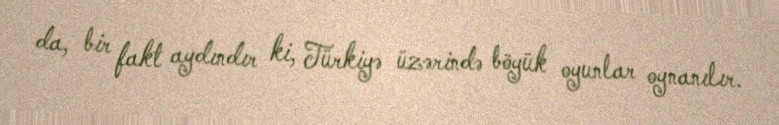
da, bir fakt aydındır ki, Türkiyə üzərində böyük oyunlar oynanılır.